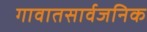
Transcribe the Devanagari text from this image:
गावातसार्वजनिक